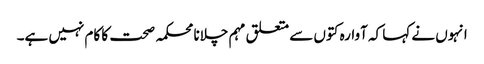
انہوں نے کہا کہ آوارہ کتوں سے متعلق مہم چلانا محکمہ صحت کا کام نہیں ہے۔